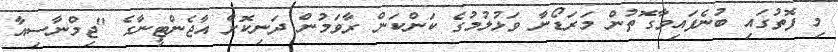
މި ފޮތުގައި ބުނެފައިވާގޮތުން މަރަޑޯނާ ވަޅުލުމުގެ ކަންކަން ރާވަމުން ދަނިކޮށް އާޖެންޓީނާގެ "ޖިމްނާސިއާ